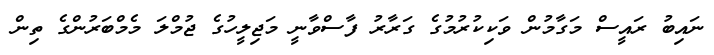
ނައިބު ރައީސް މަގާމުން ވަކިކުރުމުގެ ގަރާރު ފާސްވާނީ މަޖިލީހުގެ ޖުމްލަ މެމްބަރުންގެ ތިން